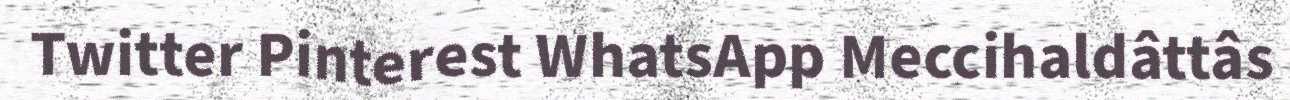
Twitter Pinterest WhatsApp Meccihaldâttâs